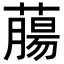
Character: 𦼳